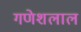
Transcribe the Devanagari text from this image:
गणेशलाल